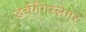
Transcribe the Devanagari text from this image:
डर्चगँगस्लेगर